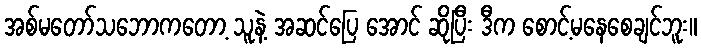
အစ်မတော်သဘောကတော့ သူနဲ့ အဆင်ပြေ အောင် ဆိုပြီး ဒီက စောင့်မနေစေချင်ဘူး။